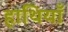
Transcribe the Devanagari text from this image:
हाथियाँ